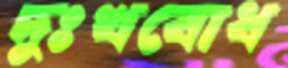
দুঃখবোধ